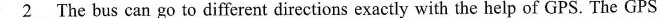
\underline{2}The bus can go to different directiokfs exactly with the help of GPS. The GPS